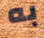
به